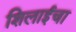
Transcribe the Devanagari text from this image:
शिलाईचा